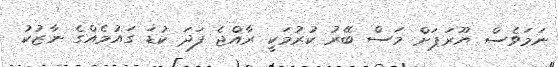
ނަމަވެސް ޔޫރަޕަށް މަސް ބޭރު ކުރުމަކީ ރާއްޖެ ފަދަ ކުޑަ ގައުމެއްގެ ނާޒުކު